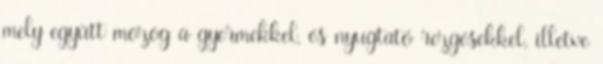
mely együtt mozog a gyermekkel, és nyugtató rezgésekkel, illetve